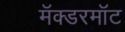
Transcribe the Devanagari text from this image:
मॅक्डरमॉट